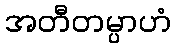
အတီတမ္ပာဟံ